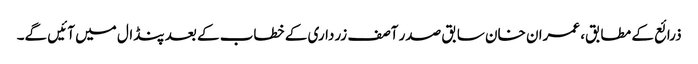
ذرائع کے مطابق، عمران خان سابق صدر آصف زرداری کے خطاب کے بعد پنڈال میں آئیں گے۔